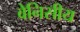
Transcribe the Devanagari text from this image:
वेनिसीय